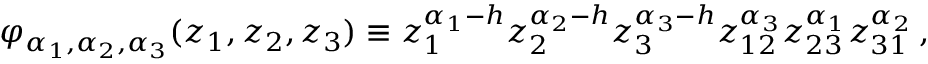
\varphi _ { \alpha _ { 1 } , \alpha _ { 2 } , \alpha _ { 3 } } ( z _ { 1 } , z _ { 2 } , z _ { 3 } ) \equiv z _ { 1 } ^ { \alpha _ { 1 } - h } z _ { 2 } ^ { \alpha _ { 2 } - h } z _ { 3 } ^ { \alpha _ { 3 } - h } z _ { 1 2 } ^ { \alpha _ { 3 } } z _ { 2 3 } ^ { \alpha _ { 1 } } z _ { 3 1 } ^ { \alpha _ { 2 } } \, ,